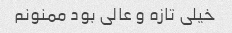
خیلی تازه و عالی بود ممنونم